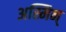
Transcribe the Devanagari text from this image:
अस्मिन्